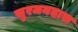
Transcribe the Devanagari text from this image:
सुरजनदास